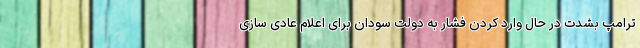
ترامپ بشدت در حال وارد کردن فشار به دولت سودان برای اعلام عادی سازی